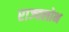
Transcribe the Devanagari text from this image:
राज्यलोभ